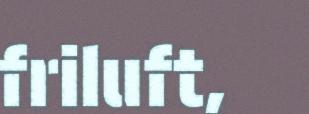
friluft,